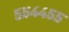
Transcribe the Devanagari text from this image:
५५४४५५